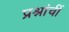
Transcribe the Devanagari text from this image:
प्रश्नांचीं